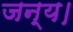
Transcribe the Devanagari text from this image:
जन्य।